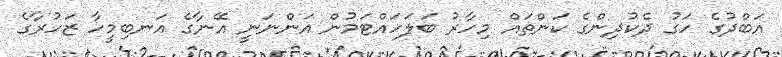
އަބްދުގެ ހަގު ދެކުދިންގެ ކަންތައް މިހާރު ބަލަހައްޓަމުން އަންނަނީ އޭނާގެ އަނބިމީހާ ޒަހުރާގެ